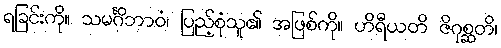
ရခြင်းကို။ သမင်္ဂိဘာဝံ၊ ပြည့်စုံသူ၏ အဖြစ်ကို။ ဟိရီယတိ ဇိဂုစ္ဆတိ၊